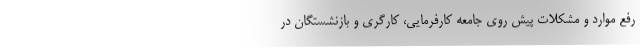
رفع موارد و مشکلات پیش روی جامعه کارفرمایی، کارگری و بازنشستگان در